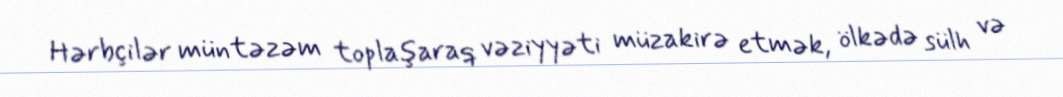
Hərbçilər müntəzəm toplaşaraq vəziyyəti müzakirə etmək, ölkədə sülh və